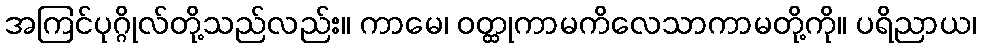
အကြင်ပုဂ္ဂိုလ်တို့သည်လည်း။ ကာမေ၊ ဝတ္ထုကာမကိလေသာကာမတို့ကို။ ပရိညာယ၊